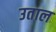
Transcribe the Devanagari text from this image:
उताल